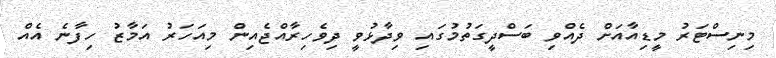
މިނިސްޓަރު މީޑިއާއަށް ދެއްވި ބަސްދީގަތުމުގައި ވިދާޅުވީ ދިވެހިރާއްޖެއިން މިއަހަރު އަމާޒު ހިފާނެ އެއް